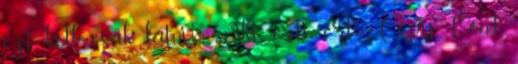
ezt kell csak látni." Aki érti, érti. Copy Con-t